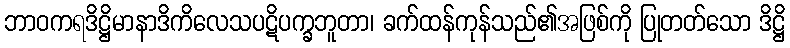
ဘာဝကရဒိဋ္ဌိမာနာဒိကိလေသပဋိပက္ခဘူတာ၊ ခက်ထန်ကုန်သည်၏အဖြစ်ကို ပြုတတ်သော ဒိဋ္ဌိ